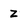
Character: z